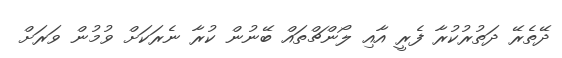
ދޭތެރޭ ދަތުރުކުރާ ފެރީ އާއި ލޯންޗްތައް ބޭނުން ކުރާ ނެރަކަށް ވުމުން ވަރަށް